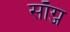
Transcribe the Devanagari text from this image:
साँग्ज